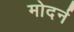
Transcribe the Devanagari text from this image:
मोदर्न